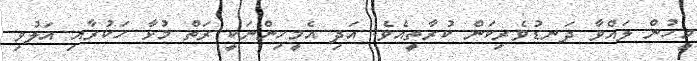
މީހުން ލައްވާ ދަނޑުވެރިކަން ކުރާތީއެވެ. އަދި އެމީހިންނަކީ ރަތް މުޅާ ހަކުރާއި އަލުވި